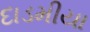
દાડમીયા